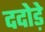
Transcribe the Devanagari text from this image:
ददोड़े